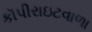
કૉપીરાઇટવાળા